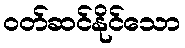
ဝတ်ဆင်နိုင်သော